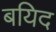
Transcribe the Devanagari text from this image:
बयिद